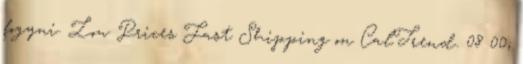
fogyni. Low Prices Fast Shipping on CalTrend. 08 00;